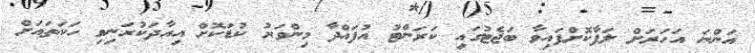
އަންނަ އަހަރަށް ލަފާކޮށްފައިވާ ބަޖެޓުގައި ކަރަންޓު އުފައްދާ މިންވަރު ކުޑަކޮށް އިއާދަކުރަނިވި ހަކަތައަށް